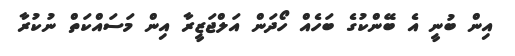
އިން ބުނީ އެ ބޭންކުގެ ބަހެއް ހޯދަން އަލްޖަޒީރާ އިން މަސައްކަތް ނުކުރާ